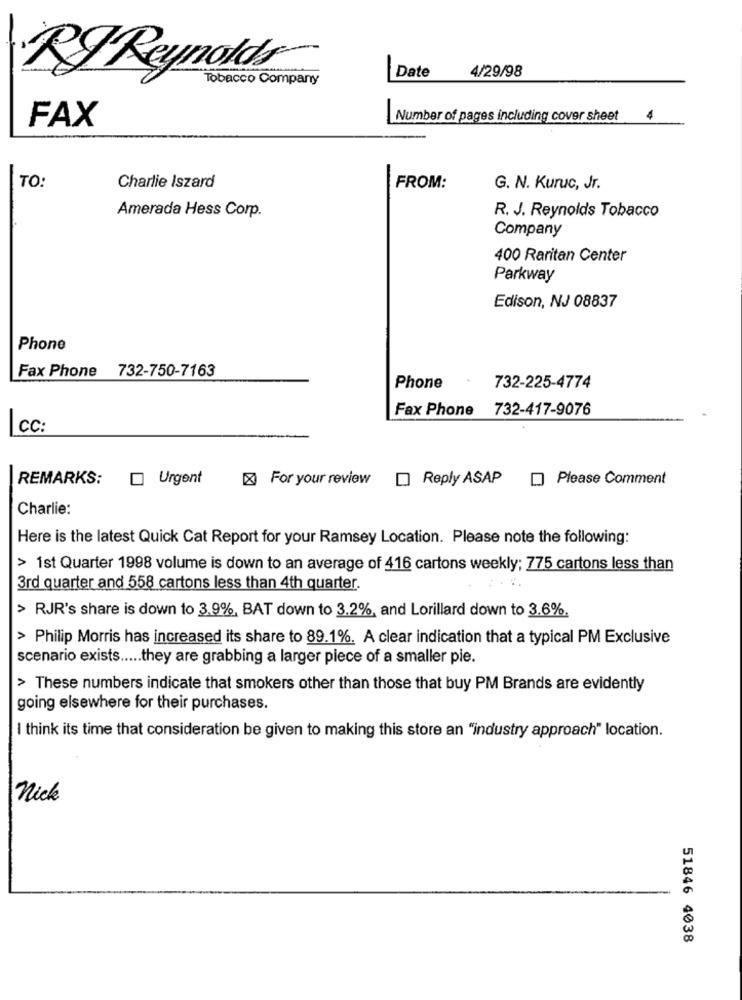
RI Reynolds
Tobacco Company
Date
4/29/98
Number of pages including cover sheet 4
FAX
TO:
Charlie Iszard
FROM:
G. N. Kuruc, Jr.
Amerada Hess Corp.
R. J. Reynolds Tobacco
Company
400 Raritan Center
Parkway
Edison, NJ 08837
Phone
Fax Phone 732-750-7163
Phone
732-225-4774
Fax Phone 732-417-9076
-
cc:
REMARKS:
Urgent
X For your review
Reply ASAP
Please Comment
Charlie:
Here is the latest Quick Cat Report for your Ramsey Location. Please note the following:
> 1st Quarter 1998 volume is down to an average of 416 cartons weekly; 775 cartons less than
3rd quarter and 558 cartons less than 4th quarter.
> RJR's share is down to 3.9%, BAT down to 3.2%, and Lorillard down to 3.6%.
> Philip Morris has increased its share to 89.1%. A clear indication that a typical PM Exclusive
scenario exists ..... they are grabbing a larger piece of a smaller pie.
> These numbers indicate that smokers other than those that buy PM Brands are evidently
going elsewhere for their purchases.
I think its time that consideration be given to making this store an "industry approach" location.
nick
51846 4038